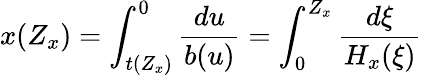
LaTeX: x(Z_{x})=\int_{t(Z_{x})}^{0}\frac{du}{b(u)}=\int_{0}^{Z_{x}}\frac{d\xi}{H_{x}(\xi)}